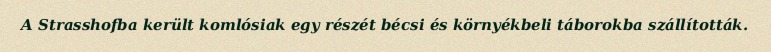
A Strasshofba került komlósiak egy részét bécsi és környékbeli táborokba szállították.